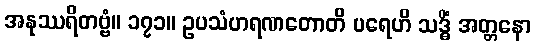
အနုဿရိတဗ္ဗံ။ ၁၇၁။ ဥပသံဟရဏတောတိ ပရေဟိ သဒ္ဓိံ အတ္တနော